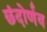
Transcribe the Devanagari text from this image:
छंदोर्णव